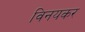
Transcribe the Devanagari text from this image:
विनयकर